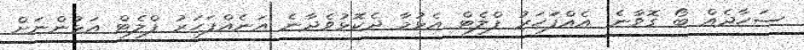
ސަހާދެއް ބޯ ގޮވާނެ. އެއްފަަހަރު ފްލެޓް އެޅުމާ ދެކޮޅުވެދާނެ އަނެއްފަހަރު ފްލެޓް އަޅުންނަށް